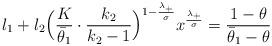
LaTeX: \begin{align*}l_1+l_2\Big(\frac{K}{\bar{\theta}_1}\cdot\frac{k_2}{k_2-1}\Big)^{1-\frac{\lambda_+}{\sigma}}x^{\frac{\lambda_{+}}{\sigma}}=\frac{1-\theta}{\bar{\theta}_1-\theta}\end{align*}